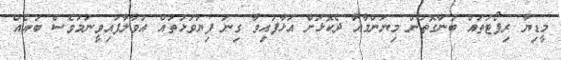
މީޑިޔާ ރިޕޯޓުތައް ބުނާގޮތުން މިޔަންމާއާ ދެކޮޅަށް އަޅާފައިވާ ގިނަ ފިޔަވަޅުތައް އުވާލާފައިވީނަމަވެސް ބައެއް